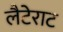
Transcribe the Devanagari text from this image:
लैटेराट